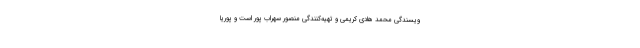
ویسندگی محمد هادی کریمی و تهیه‌کنندگی منصور سهراب ‌پور است و پوریا